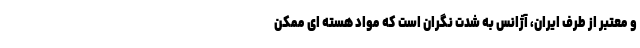
و معتبر از طرف ایران، آژانس به شدت نگران است که مواد هسته ای ممکن